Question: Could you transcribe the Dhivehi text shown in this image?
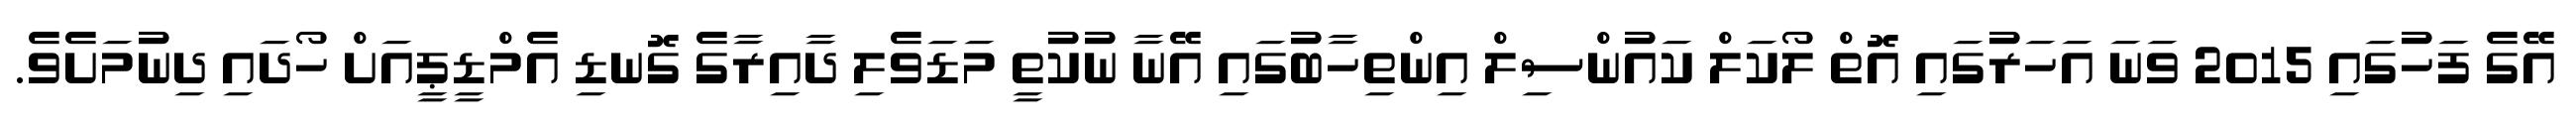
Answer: އޭގެ ފަހުގައި 2015 ވަނަ އަހަރުގައި އޮތް ލޯކަލް ކައުންސިލް އިންތިހާބުގައި އޭނާ ނުކުތީ މަޑަވެލި ދާއިރާގެ ގޮނޑި އެމްޑީޕީއަށް ހޯދައި ދިނުމަށެވެ.